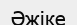
Әжіке